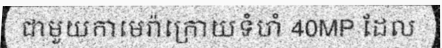
ជាមួយកាមេរ៉ាក្រោយទំហំ 40MP ដែល